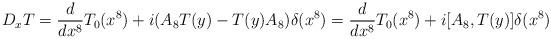
LaTeX: \begin{align*}D_xT=\frac{d}{dx^8}T_0(x^8)+i(A_8T(y)-T(y)A_8)\delta(x^8)=\frac{d}{dx^8}T_0(x^8)+i[A_8,T(y)]\delta(x^8)\end{align*}